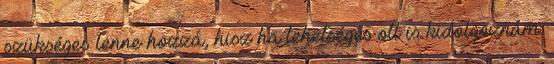
szükséges lenne hozzá, hisz ha lehetséges ott is kidolgoznám.